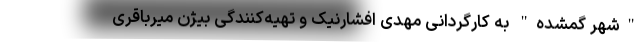
"شهر گمشده" به کارگردانی مهدی افشارنیک و تهیه‌کنندگی بیژن میرباقری